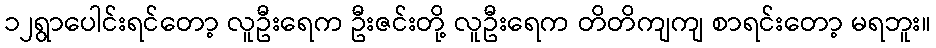
၁၂ရွာပေါင်းရင်တော့ လူဦးရေက ဦးဇင်းတို့ လူဦးရေက တိတိကျကျ စာရင်းတော့ မရဘူး။